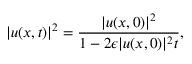
\lvert u ( x , t ) \rvert ^ { 2 } = \frac { \lvert u ( x , 0 ) \rvert ^ { 2 } } { 1 - 2 \epsilon \lvert u ( x , 0 ) \rvert ^ { 2 } t } ,